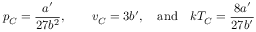
p _ { C } = { \frac { a ^ { \prime } } { 2 7 b ^ { 2 } } } , \qquad \displaystyle { v _ { C } = 3 b ^ { \prime } } , \quad { \mathrm { a n d } } \quad k T _ { C } = { \frac { 8 a ^ { \prime } } { 2 7 b ^ { \prime } } }